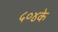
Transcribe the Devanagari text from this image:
५०४के